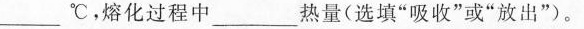
___℃，熔化过程中___热量(选填”吸收”或”放出”)。